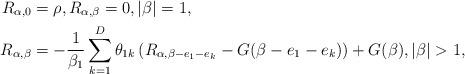
LaTeX: \begin{align*} R_{\alpha,0}&=\rho,R_{\alpha, \beta}=0, |\beta|=1,\\ R_{\alpha,\beta} &=-\frac{1}{\beta_1}\sum_{k=1}^D\theta_{1k} \left( R_{\alpha,\beta-e_1-e_k}-G(\beta-e_1-e_k) \right) + G(\beta), |\beta|>1, \end{align*}